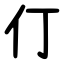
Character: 仃